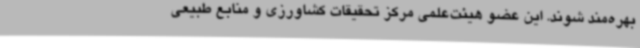
بهره‌مند شوند. این عضو هیئت‌علمی مرکز تحقیقات کشاورزی و منابع طبیعی